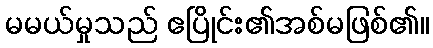
မမယ်မှုသည် ဧပြိုင်း၏အစ်မဖြစ်၏။